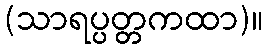
(သာရပ္ပတ္တကထာ)။